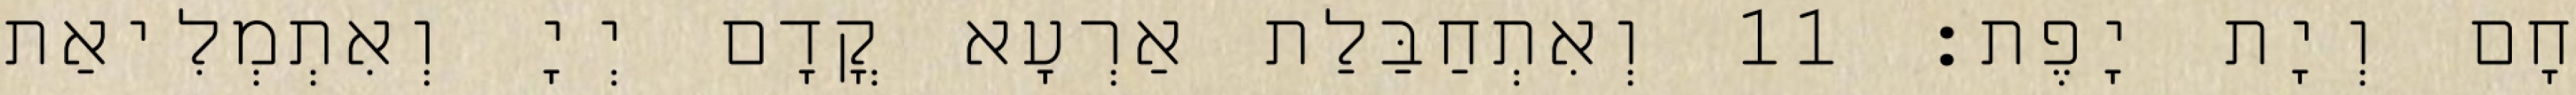
חָם וְיָת יָפֶת׃ 11 וְאִתְחַבַּלַת אַרְעָא קֳדָם יְיָ וְאִתְמְלִיאַת